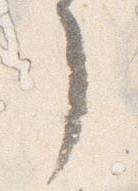
了